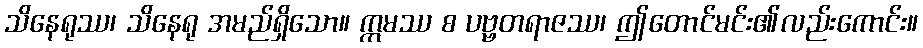
သိနေရုဿ၊ သိနေရု အမည်ရှိသော။ ဣမဿ စ ပဗ္ဗတရာဇဿ၊ ဤတောင်မင်း၏လည်းကောင်း။